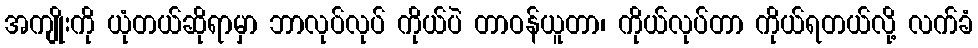
အကျိုးကို ယုံတယ်ဆိုရာမှာ ဘာလုပ်လုပ် ကိုယ်ပဲ တာဝန်ယူတာ၊ ကိုယ်လုပ်တာ ကိုယ်ရတယ်လို့ လက်ခံ